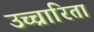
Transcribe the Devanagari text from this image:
उच्चारिता